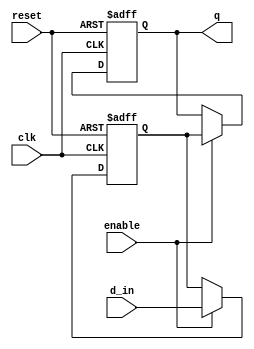
module sequential_logic_block(
    input wire clk,
    input wire reset,
    input wire enable,
    input wire d_in,
    output reg q
);

reg d_latch;

always @(posedge clk or posedge reset) begin
    if (reset) begin
        d_latch <= 1'b0;
    end else begin
        if (enable) begin
            d_latch <= d_in;
        end
    end
end

always @(posedge clk or posedge reset) begin
    if (reset) begin
        q <= 1'b0;
    end else begin
        if (enable) begin
            q <= d_latch; // Stores input data in the latch
        end
    end
end

endmodule